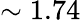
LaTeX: \sim 1.74